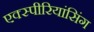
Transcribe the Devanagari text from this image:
एक्स्पीरियांसिंग